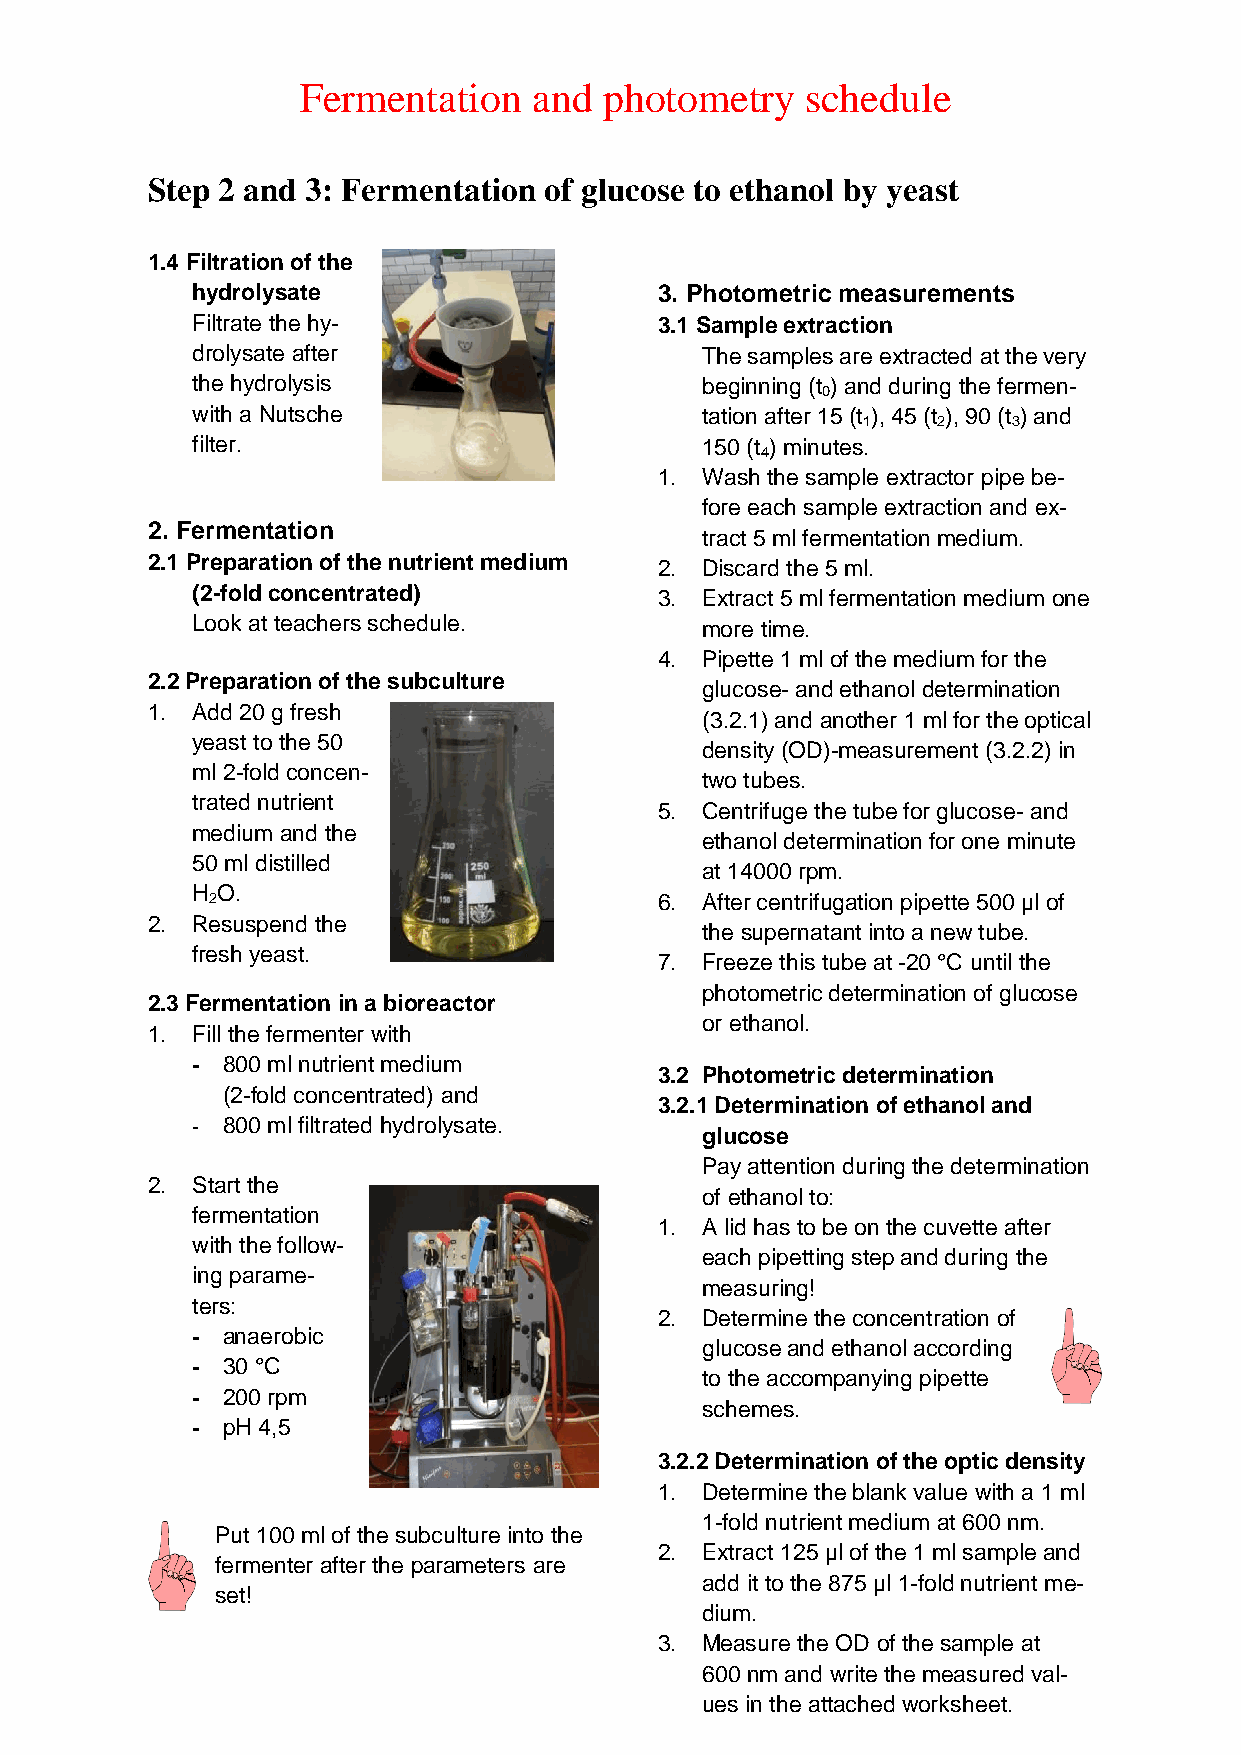
Fermentation   and  photometry   schedule
 Step 2 and 3: Fermentation of glucose to ethanol by yeast
 1.4 Filtration of the
 hydrolysate                    3. Photometric measurements
 Filtrate the hy-               3.1 Sample extraction
 drolysate after                  The samples are extracted at the very
 the hydrolysis                   beginning (t ) and during the fermen-
 0
 with a Nutsche                   tation after 15 (t ), 45 (t ), 90 (t ) and
 1    2    3
 filter.                          150 (t ) minutes.
 4
 1. Wash the sample extractor pipe be-
 fore each sample extraction and ex-
 2. Fermentation
 tract 5 ml fermentation medium.
 2.1 Preparation of the nutrient medium 2. Discard the 5 ml.
 (2-fold concentrated)          3. Extract 5 ml fermentation medium one
 Look at teachers schedule.       more time.
 4. Pipette 1 ml of the medium for the
 2.2 Preparation of the subculture
 glucose- and ethanol determination
 1. Add 20 g fresh
 (3.2.1) and another 1 ml for the optical
 yeast to the 50
 density (OD)-measurement (3.2.2) in
 ml 2-fold concen-
 two tubes.
 trated nutrient
 5. Centrifuge the tube for glucose- and
 medium and the
 ethanol determination for one minute
 50 ml distilled
 at 14000 rpm.
 H O.
 2                             6. After centrifugation pipette 500 µl of
 2. Resuspend the
 the supernatant into a new tube.
 fresh yeast.
 7. Freeze this tube at -20 °C until the
 photometric determination of glucose
 2.3 Fermentation in a bioreactor
 or ethanol.
 1. Fill the fermenter with
 - 800 ml nutrient medium
 3.2 Photometric determination
 (2-fold concentrated) and
 3.2.1 Determination of ethanol and
 - 800 ml filtrated hydrolysate.
 glucose
 Pay attention during the determination
 2. Start the
 of ethanol to:
 fermentation
 1. A lid has to be on the cuvette after
 with the follow-
 each pipetting step and during the
 ing parame-
 measuring!
 ters:
 2. Determine the concentration of
 - anaerobic
 glucose and ethanol according
 - 30 °C
 to the accompanying pipette
 - 200 rpm
 schemes.
 - pH 4,5
 3.2.2 Determination of the optic density
 1. Determine the blank value with a 1 ml
 1-fold nutrient medium at 600 nm.
 Put 100 ml of the subculture into the
 2. Extract 125 µl of the 1 ml sample and
 fermenter after the parameters are
 add it to the 875 µl 1-fold nutrient me-
 set!
 dium.
 3. Measure the OD of the sample at
 600 nm and write the measured val-
 ues in the attached worksheet.